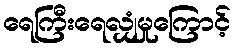
ရေကြီးရေလျှံမှုကြောင့်